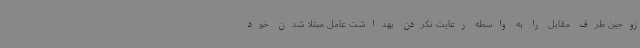
زوجین طرف مقابل را به واسطه رعایت نکردن بهداشت عامل مبتلا شدن خود